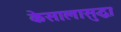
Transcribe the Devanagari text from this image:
केसालासुद्धा